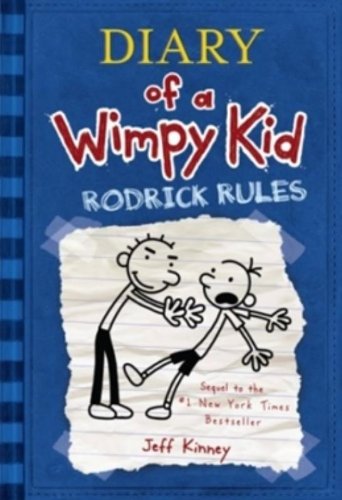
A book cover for Rodrick Rules (Diary of a Wimpy Kid, Book 2); Jeff Kinney; Children's Books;